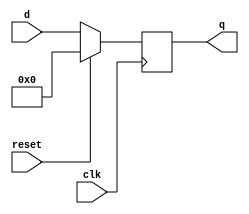
module Dff8r(

    input clk,
    input reset,    //sync
    input [7:0] d,
    output [7:0] q

);

    reg [7:0] q;

    always @(posedge clk) begin

        if (reset) q <= 8'b0;
        else       q <= d;

    end

endmodule